Madras plague regulations in force outside the Presidency town - Volume 2
Disease focus: Plague
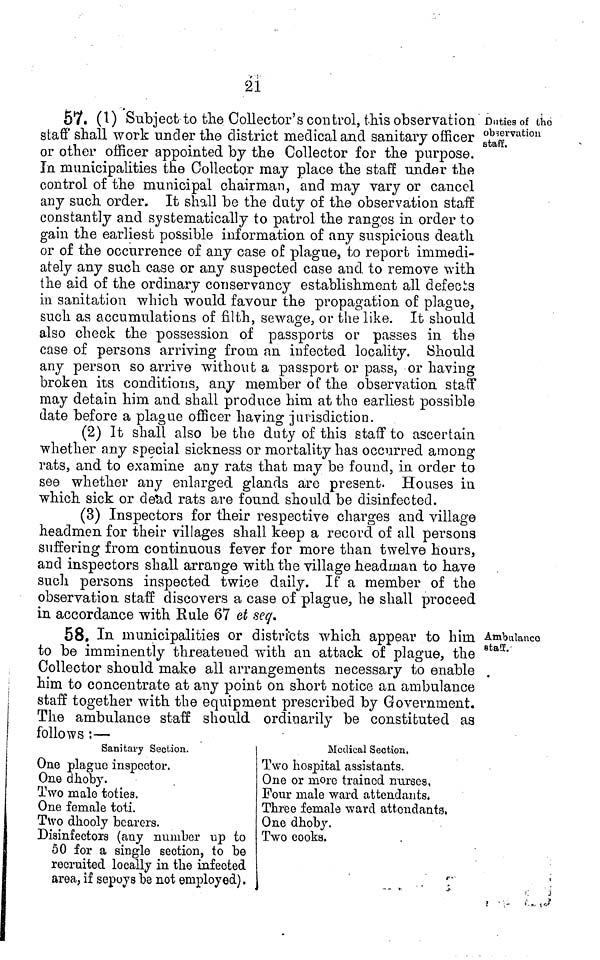
21
Duties of the
observation
staff.
57. (1) Subject to the Collector's control, this observation
staff shall work under the district medical and sanitary officer
or other officer appointed by the Collector for the purpose.
In municipalities the Collector may place the staff under the
control of the municipal chairman, and may vary or cancel
any such order. It shall be the duty of the observation staff
constantly and systematically to patrol the ranges in order to
gain the earliest possible information of any suspicious death
or of the occurrence of any case of plague, to report immedi-
ately any such case or any suspected case and to remove with
the aid of the ordinary conservancy establishment all defects
in sanitation which would favour the propagation of plague,
such as accumulations of filth, sewage, or the like. It should
also check the possession of passports or passes in the
case of persons arriving from an infected locality. Should
any person so arrive without a passport or pass, or having
broken its conditions, any member of the observation staff
may detain him and shall produce him at the earliest possible
date before a plague officer having jurisdiction.
(2) It shall also be the duty of this staff to ascertain
whether any special sickness or mortality has occurred among
rats, and to examine any rats that may be found, in order to
see whether any enlarged glands are present. Houses in
which sick or dead rats are found should be disinfected.
(3) Inspectors for their respective charges and village
headmen for their villages shall keep a record of all persons
suffering from continuous fever for more than twelve hours,
and inspectors shall arrange with the village headman to have
such persons inspected twice daily. If a member of the
observation staff discovers a case of plague, he shall proceed
in accordance with Rule 67 et seq·
Ambulance
staff.
58. In municipalities or districts which appear to him
to be imminently threatened with an attack of plague, the
Collector should make all arrangements necessary to enable
him to concentrate at any point on short notice an ambulance
staff together with the equipment prescribed by Government.
The ambulance staff should ordinarily be constituted as
follows :—
Sanitary Section.
One plague inspector.
One dhoby.
Two male toties.
One female toti.
Two dhooly hearers.
Disinfectors (any number up to
50 for a single section, to be
recruited locally in the infected
area, if sepoys be not employed).
Medical Section.
Two hospital assistants.
One or more trained nurses
Four male ward attendants.
Three female ward attendants.
One dhoby.
Two cooks.